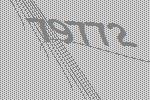
79772